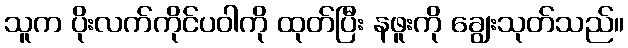
သူက ပိုးလက်ကိုင်ပဝါကို ထုတ်ပြီး နဖူးကို ချွေးသုတ်သည်။